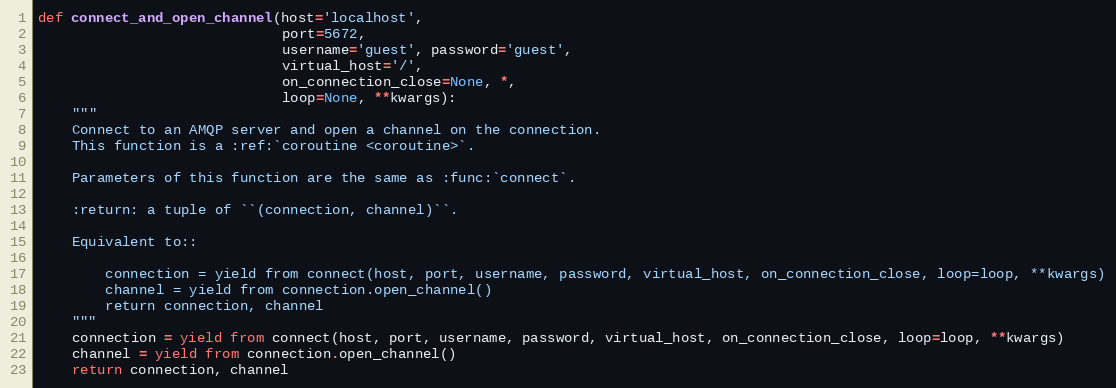
Language: Python
def connect_and_open_channel(host='localhost',
                             port=5672,
                             username='guest', password='guest',
                             virtual_host='/',
                             on_connection_close=None, *,
                             loop=None, **kwargs):
    """
    Connect to an AMQP server and open a channel on the connection.
    This function is a :ref:`coroutine <coroutine>`.

    Parameters of this function are the same as :func:`connect`.

    :return: a tuple of ``(connection, channel)``.

    Equivalent to::

        connection = yield from connect(host, port, username, password, virtual_host, on_connection_close, loop=loop, **kwargs)
        channel = yield from connection.open_channel()
        return connection, channel
    """
    connection = yield from connect(host, port, username, password, virtual_host, on_connection_close, loop=loop, **kwargs)
    channel = yield from connection.open_channel()
    return connection, channel